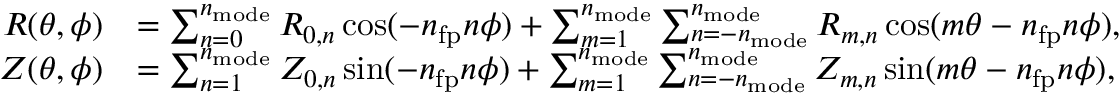
\begin{array} { r l } { R ( \theta , \phi ) } & { = \sum _ { n = 0 } ^ { n _ { \mathrm { m o d e } } } R _ { 0 , n } \cos ( - n _ { \mathrm { f p } } n \phi ) + \sum _ { m = 1 } ^ { n _ { \mathrm { m o d e } } } \sum _ { n = - n _ { \mathrm { m o d e } } } ^ { n _ { \mathrm { m o d e } } } R _ { m , n } \cos ( m \theta - n _ { \mathrm { f p } } n \phi ) , } \\ { Z ( \theta , \phi ) } & { = \sum _ { n = 1 } ^ { n _ { \mathrm { m o d e } } } Z _ { 0 , n } \sin ( - n _ { \mathrm { f p } } n \phi ) + \sum _ { m = 1 } ^ { n _ { \mathrm { m o d e } } } \sum _ { n = - n _ { \mathrm { m o d e } } } ^ { n _ { \mathrm { m o d e } } } Z _ { m , n } \sin ( m \theta - n _ { \mathrm { f p } } n \phi ) , } \end{array}